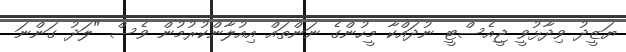
ޔަޒީދު ވިދާޅުވީ ޖީއެސްޓީ ނުދައްކާ މީހުންގެ ނަންތައް އިއުލާންކުރުމުން ވެސް "ލަދު ގަންނަ